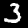
Label: 3